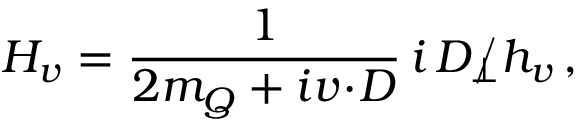
H _ { v } = { \frac { 1 } { 2 m _ { Q } + i v \! \cdot \! D } } \, i \, \rlap { \, / } D _ { \perp } h _ { v } \, ,